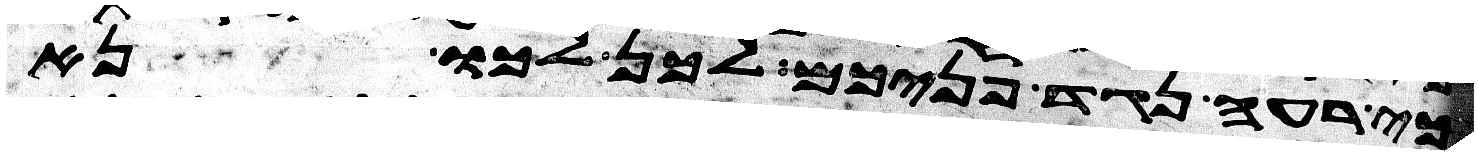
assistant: כי רעה נגד פניכם לכן לכו נא